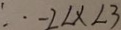
\therefore - 2 < x < 3